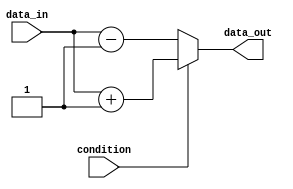
module if_else_example(
    input wire condition,
    input wire data_in,
    output reg data_out
);

always @(*) begin
    if(condition) begin
        data_out = data_in + 1;
    end else begin
        data_out = data_in - 1;
    end
end

endmodule